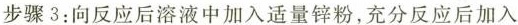
步骤 3：向反应后溶液中加入适量锌粉，充分反应后加入